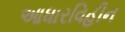
આધારવિહીન